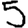
Digit: 5